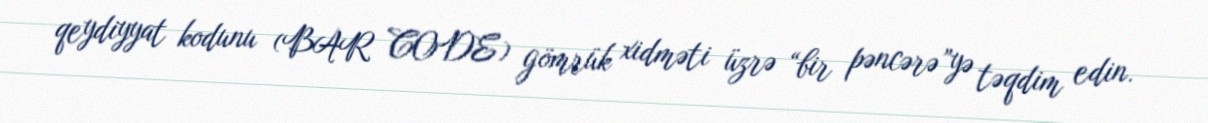
qeydiyyat kodunu (BAR CODE) gömrük xidməti üzrə “bir pəncərə”yə təqdim edin.